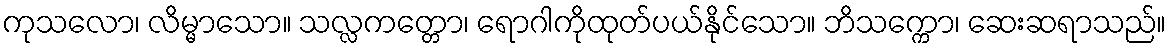
ကုသလော၊ လိမ္မာသော။ သလ္လကတ္တော၊ ရောဂါကိုထုတ်ပယ်နိုင်သော။ ဘိသက္ကော၊ ဆေးဆရာသည်။